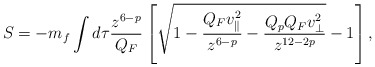
\begin{align*}S=-m_f\int d\tau {{z^{6-p}}\over{Q_F}}\left[\sqrt{1-{{Q_Fv^2_{\parallel}}\over{z^{6-p}}}-{{Q_pQ_Fv^2_{\perp}}\over{z^{12-2p}}}}-1\right],\end{align*}